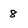
Character: 8